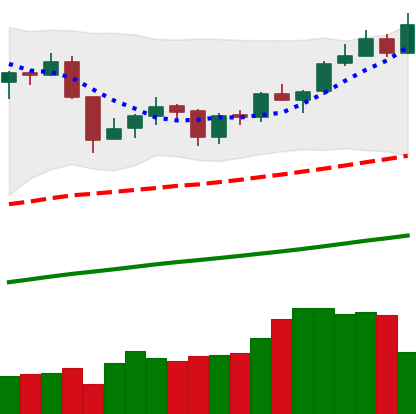
Ticker: XMR-USD
Chart end date: 2019-06-19
Forward return: 16.94%
Label: up_7plus